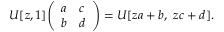
U [ z , 1 ] { \left( \begin{array} { l l } { a } & { c } \\ { b } & { d } \end{array} \right) } = U [ z a + b , \ z c + d ] .